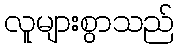
လူများစွာသည်